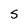
Character: S